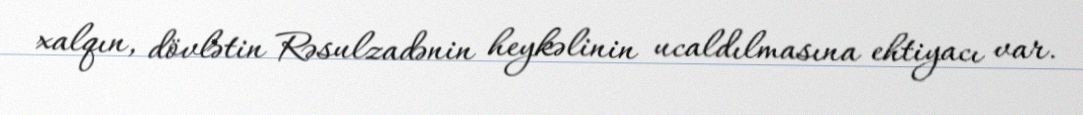
xalqın, dövlətin Rəsulzadənin heykəlinin ucaldılmasına ehtiyacı var.